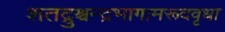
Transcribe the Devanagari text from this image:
शतद्रुश्चन्द्रभागामरूदवृधा